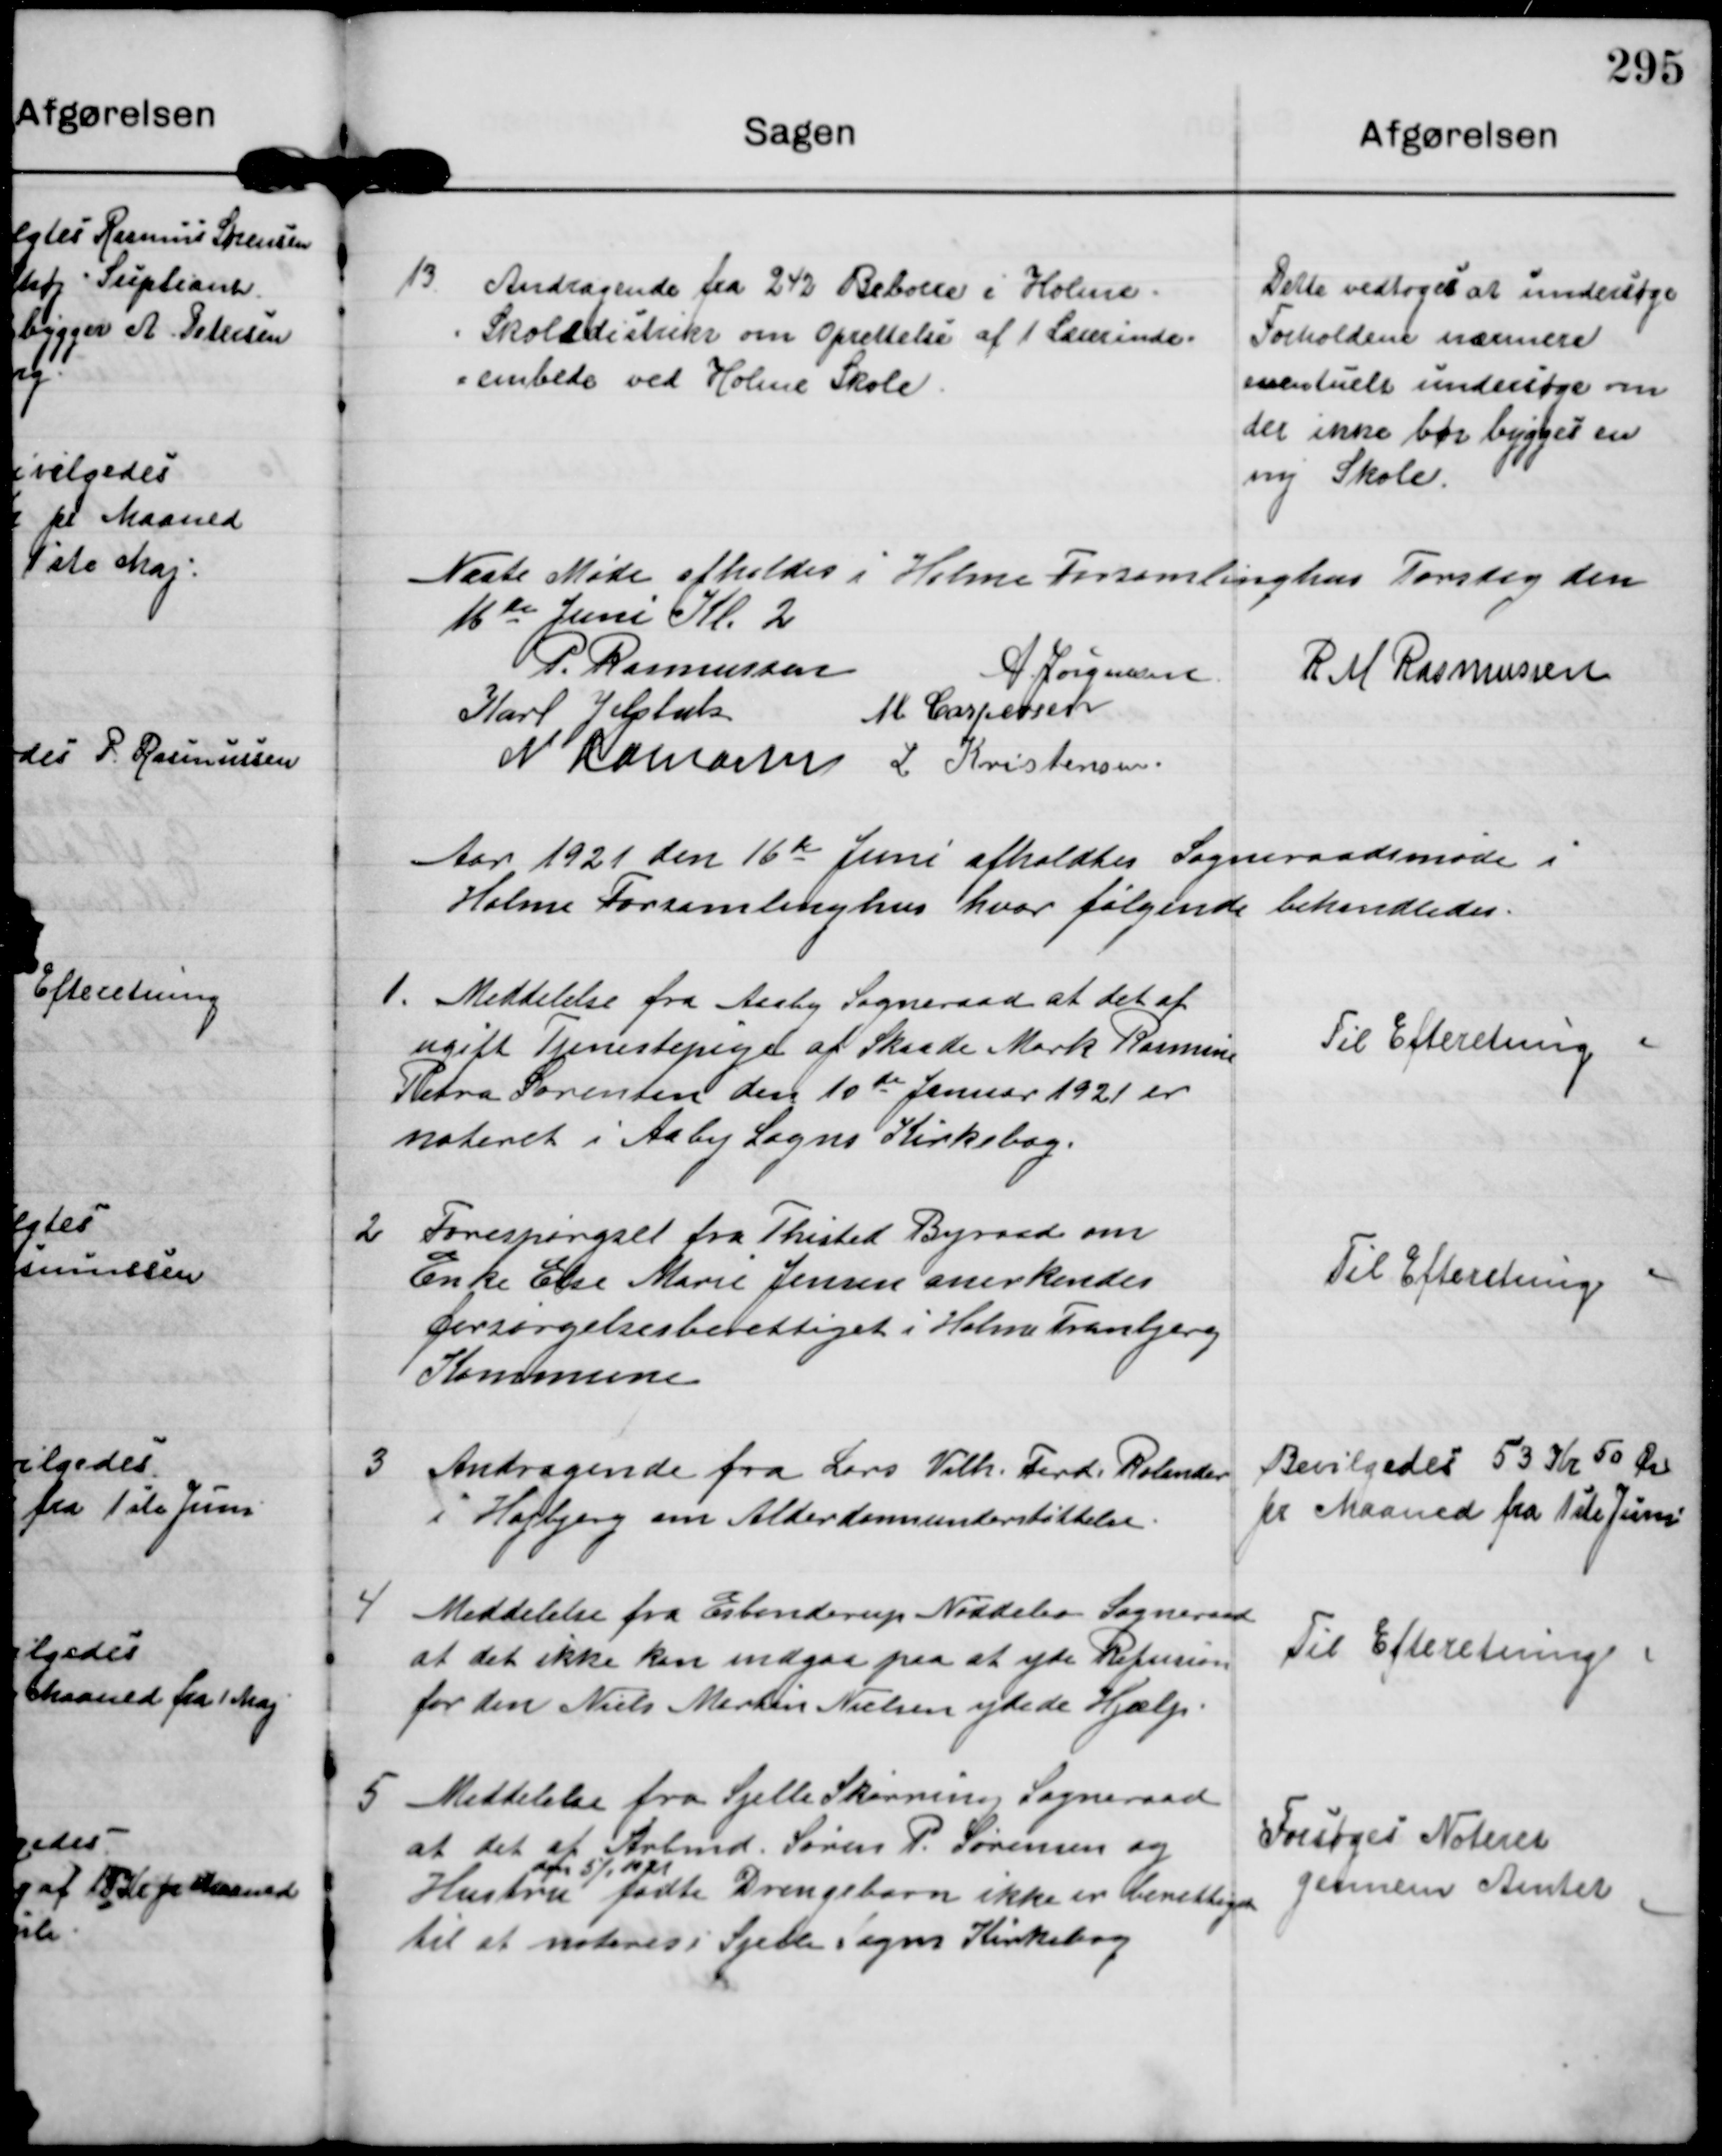
Transskription:
13

Andragende fra 242 Beboere i Holme
Skoledistrikt om Oprettelse af 1 Lærerinde-
embede ved Holme Skole

Dette vedtoges at undersøge
Forholdene nærmere
eventuelt undersøge om
der ikke bør bygges en
ny Skole.

Næste Møde afholdes i Holme Forsamlinghus Torsdag den
16de Juni Kl. 2

P. Rasmussen
A Jørgensen
R M Rasmussen
Karl Jelsbak
M Caspersen
N Hamann L Kristensen

Aar 1921 den 16de Juni afholdtes Sogneraadsmøde i
Holme Forsamlinghus hvor følgende behandledes.

1

Meddelelse fra Aaby Sogneraad at det af
ugift Tjenestepige af Skaade Mark Rasmine
Petra Sørensen den 10de Januar 1921 er
noteret i Aaby Sogns Kirkebog

Til Efteretning.

2

Forespørgsel fra Thisted Byraad om
Enke Else Marie Jensen anerkendes
forsørgelsesberettiget i Holme Tranbjerg
Kommune

Til Efteretning

3

Andragende fra Lars Vilh. Ferd. Rolander
i Højbjerg om Alderdomsunderstøttelse

Bevilgedes 53 Kr 50 Øre
pr Maaned fra 1ste Juni

4

Meddelelse fra Esbønderup Nøddebo Sogneraad
at det ikke kan indgaa paa at yde Refusion
for den Niels Martin Nielsen ydede Hjælp.

Til Efteretning.

5

Meddelelse fra Sjelle Skørring Sogneraad
at det af Arbmd. Søren P. Sørensen og
Hustru 
den 5/1 1921
fødte Drengebarn ikke er berettiget
til at noteres i Sjelle Sogns Kirkebog

Forsøges Noteret
gennem Amtet